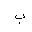
Letter: _ba